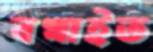
বখাইত